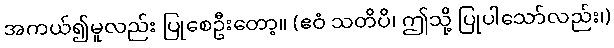
အကယ်၍မူလည်း ပြုစေဦးတော့။ (ဧဝံ သတိပိ၊ ဤသို့ ပြုပါသော်လည်း၊)